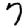
Digit: 7